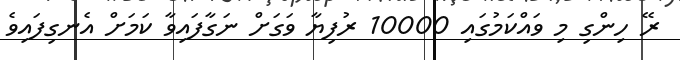
ރޭ ހިންގި މި ވައްކަމުގައި 10000 ރުފިޔާ ވަގަށް ނަގާފައިވާ ކަމަށް އެނގިފައިވެ